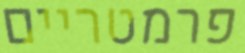
פרמטריים